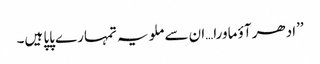
’’ادھر آؤ ماورا…ان سے ملو یہ تمہارے پاپا ہیں۔